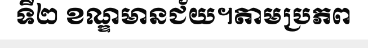
ទី២ ខណ្ឌមានជ័យ។តាមប្រភព